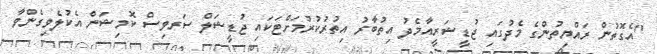
"އެގޮތުން ރައްޔިތުންގެ މެދުގައި ޖުޑީޝަރީއާމެދު އިތުބާރު އިތުރުކުރުމަށްޓަކައި ޖުޑީޝަލް ސަރވިސް ކޮމިޝަން އެކުލެވިގެންވާ